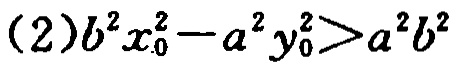
\((2)b^{2}x_{0}^{2}-a^{2}y_{0}^{2}>a^{2}b^{2}\)